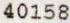
40158